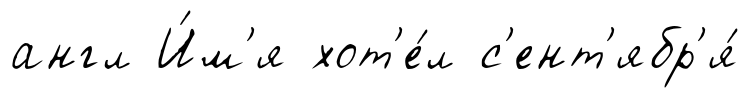
англ И́м'я хот'е́л с'ент'ябр'я́